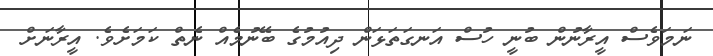
ނަމަވެސް އީރާނުން ބުނީ ހުސް އަނގަތަޅަން ދިއުމުގެ ބޭނުމެއް ނެތް ކަމަށެވެ. އީރާނަށް